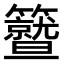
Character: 𥷛